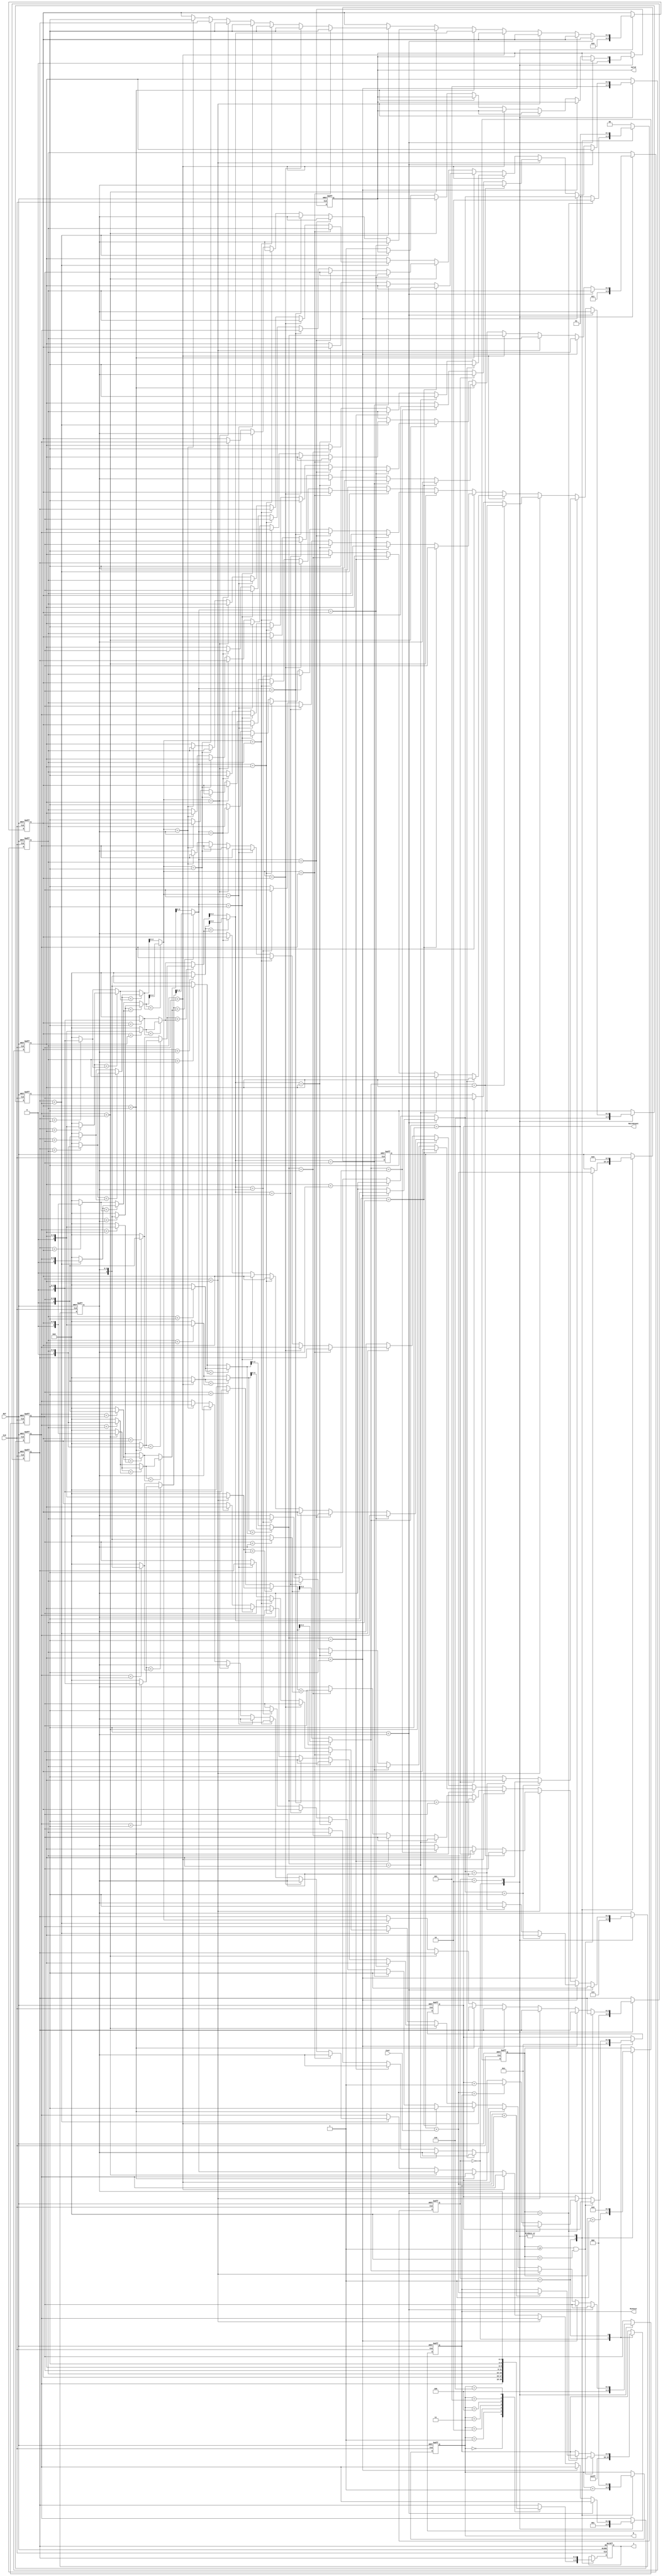
module JAM (
input CLK,
input RST,
output reg [2:0] W,
output reg [2:0] J,
input [6:0] Cost,
output reg [3:0] MatchCount,
output reg [9:0] MinCost,
output reg Valid );

/*****
    The application of the Job Assignment Machine (JAM) is quite extensive.  
    When there are n tasks to be completed, and n workers have varying costs for each task,
    determining how to assign each worker to a task in order to minimize the overall cost
    is the primary objective of the JAM.  

    The most straightforward approach to solving the job assignment problem is to
    calculate the cost for all possible combinations and then
    identify the combination with the lowest cost.  

    In this question, input data regarding worker task costs will be provided,
    and participants are required to enumerate all possible pairings using an exhaustive search method. 

    Subsequently, they should find the lowest cost and determine the number of combinations
    that achieve this lowest cost.
*****/

reg [1:0] cur_state, nxt_state;
parameter   IDLE = 2'd0,
            CAL  = 2'd1,
            QUEUE= 2'd2,
            FINAL= 2'd3;

reg [2:0] a, b, c, d, e, f, g, h;

wire [2:0] gh, fgh, efgh, defgh, cdefgh, bcdefgh;
// assign gh = (g < h) ? ((f < g) ? g : h) : ((f < h) ? h : g);
// assign fgh = (gh < f) ? ((e < gh) ? gh : f) : ((e < f) ? f : gh);
// assign efgh = (fgh < e) ? ((d < fgh) ? fgh : e) : ((d < e) ? e : fgh);
// assign defgh = (efgh < d) ? ((c < efgh) ? efgh : d) : ((c < d) ? d : efgh);
// assign cdefgh = (defgh < c) ? ((b < defgh) ? defgh : c) : ((b < c) ? c : defgh); 
// assign bcdefgh = (cdefgh < b) ? ((a < cdefgh) ? cdefgh : b) : ((a < b) ? b : cdefgh); 

assign gh = (g < h) ? ((f < g) ? g : h) : ((f < h) ? h : g);

wire [3:0]fgh1, fgh2, fgh3, fgh4;
assign fgh1= (e < f) ? f : 8;
assign fgh2= (e < g) ? g : 8;
assign fgh3= (e < h) ? h : 8;
assign fgh4= (fgh1 < fgh2) ? fgh1 : fgh2;
assign fgh = (fgh4 < fgh3) ? fgh4 : fgh3;

wire [3:0]efgh1, efgh2, efgh3, efgh4, efgh5, efgh6;
assign efgh1= (d < e) ? e : 8;
assign efgh2= (d < f) ? f : 8;
assign efgh3= (d < g) ? g : 8;
assign efgh4= (d < h) ? h : 8;
assign efgh5= (efgh1 < efgh2) ? efgh1 : efgh2;
assign efgh6= (efgh3 < efgh4) ? efgh3 : efgh4;
assign efgh = (efgh5 < efgh6) ? efgh5 : efgh6;

wire [3:0] defgh1, defgh2, defgh3, defgh4, defgh5, defgh6, defgh7, defgh8;
assign defgh1= (c < d) ? d : 8;
assign defgh2= (c < e) ? e : 8;
assign defgh3= (c < f) ? f : 8;
assign defgh4= (c < g) ? g : 8;
assign defgh5= (c < h) ? h : 8;
assign defgh6= (defgh1 < defgh2) ? defgh1 : defgh2;
assign defgh7= (defgh3 < defgh4) ? defgh3 : defgh4;
assign defgh8= (defgh6 < defgh7) ? defgh6 : defgh7;
assign defgh = (defgh5 < defgh8) ? defgh5 : defgh8;

wire [3:0] cdefgh1, cdefgh2, cdefgh3, cdefgh4, cdefgh5, cdefgh6, cdefgh7, cdefgh8, cdefgh9, cdefgh10;
assign cdefgh1 = (b < c) ? c : 8;
assign cdefgh2 = (b < d) ? d : 8;
assign cdefgh3 = (b < e) ? e : 8;
assign cdefgh4 = (b < f) ? f : 8;
assign cdefgh5 = (b < g) ? g : 8;
assign cdefgh6 = (b < h) ? h : 8;
assign cdefgh7 = (cdefgh1 < cdefgh2) ? cdefgh1 : cdefgh2;
assign cdefgh8 = (cdefgh3 < cdefgh4) ? cdefgh3 : cdefgh4;
assign cdefgh9 = (cdefgh5 < cdefgh6) ? cdefgh5 : cdefgh6;
assign cdefgh10= (cdefgh7 < cdefgh8) ? cdefgh7 : cdefgh8;
assign cdefgh  = (cdefgh9 < cdefgh10) ? cdefgh9 : cdefgh10;

wire [3:0] bcdefgh1, bcdefgh2, bcdefgh3, bcdefgh4, bcdefgh5, bcdefgh6, bcdefgh7, bcdefgh8, bcdefgh9, bcdefgh10, bcdefgh11, bcdefgh12;
assign bcdefgh1 = (a < b) ? b : 8;
assign bcdefgh2 = (a < c) ? c : 8;
assign bcdefgh3 = (a < d) ? d : 8;
assign bcdefgh4 = (a < e) ? e : 8;
assign bcdefgh5 = (a < f) ? f : 8;
assign bcdefgh6 = (a < g) ? g : 8;
assign bcdefgh7 = (a < h) ? h : 8;
assign bcdefgh8 = (bcdefgh1 < bcdefgh2) ? bcdefgh1 : bcdefgh2;
assign bcdefgh9 = (bcdefgh3 < bcdefgh4) ? bcdefgh3 : bcdefgh4;
assign bcdefgh10= (bcdefgh5 < bcdefgh6) ? bcdefgh5 : bcdefgh6;
assign bcdefgh11= (bcdefgh7 < bcdefgh8) ? bcdefgh7 : bcdefgh8;
assign bcdefgh12= (bcdefgh9 < bcdefgh10)? bcdefgh9 : bcdefgh10;
assign bcdefgh  = (bcdefgh11< bcdefgh12)? bcdefgh11: bcdefgh12;

reg read;
reg [9:0] Cost_reg;
reg [3:0] w;


always@(posedge CLK or posedge RST)
begin
    if(RST)
        cur_state <= IDLE; 
    else
        cur_state <= nxt_state;
end

always@(*)
begin
    case(cur_state)
    IDLE:
        nxt_state = CAL;

    CAL:
        nxt_state = (w==8)? QUEUE : CAL;

    QUEUE:
        nxt_state = CAL;

    default:
        nxt_state = IDLE;

    endcase
end

always@(posedge CLK or posedge RST)
begin
    if(RST) 
    begin
        a <= 0;
        b <= 1;
        c <= 2;
        d <= 3;
        e <= 4;
        f <= 5;
        g <= 6;
        h <= 7;

        w <= 0;
        W <= 0;
        J <= a;
        Cost_reg <= 0;

        MatchCount <= 1;            
        MinCost <= 10'b1111111111;
        Valid <= 0;
    end
    else
    begin
        case(cur_state)
        IDLE:
        begin
            a <= 0;
            b <= 1;
            c <= 2;
            d <= 3;
            e <= 4;
            f <= 5;
            g <= 6;
            h <= 7;

            w <= 0;
            W <= 0;
            J <= a;
            Cost_reg <= 0;

            MatchCount <= 1;            
            MinCost <= 10'b1111111111;

            Valid <= 0;
        end

        CAL:
        begin
            case(W)
            0: J <= b;
            1: J <= c;
            2: J <= d;
            3: J <= e;
            4: J <= f;
            5: J <= g;
            6: J <= h;
            default: J <= a;
            endcase
            
            w <= w + 1;
            W <= W + 1;

            if((w >= 1) && (w < 8))
                Cost_reg <= Cost_reg + Cost;

            else if(w == 8)
            begin
                if( Cost_reg + Cost < MinCost )
                begin
                    MatchCount <= 1;
                    MinCost <= Cost_reg + Cost;
                end
                else if( Cost_reg + Cost == MinCost )
                    MatchCount <= MatchCount + 1;
                else;
            end     
        end

        QUEUE:
        begin
            w <= 0;
            W <= 0;
            J <= a;
            Cost_reg <= 0;

            if(g < h) // 0 1 2 3 4 5 6 7 -> 0 1 2 3 4 5 7 6
            begin
                h <= g;
                g <= h;
            end

            else if (f < g) // 0 1 2 3 4 5 7 6 -> 0 1 2 3 4 6 7 5 -> 0 1 2 3 4 6 5 7
            begin
                f <= gh;
                case(gh)
                g:
                begin
                    g <= h;
                    h <= f;
                end

                h:
                begin
                    g <= f;
                    h <= g;                    
                end
                endcase
            end

            else if (e < f) // 0 1 2 3 4 7 6 5
            begin
                e <= fgh;
                case(fgh)
                f:
                begin
                    f <= h;
                    //g <= g;
                    h <= e;
                end

                g:
                begin
                    f <= h;
                    g <= e;
                    h <= f;
                end

                h:
                begin
                    f <= e;
                    //g <= g;
                    h <= f;
                end
                endcase
            end

            else if (d < e)
            begin
                d <= efgh;
                case(efgh)
                e:
                begin
                    e <= h;
                    f <= g;
                    g <= f;
                    h <= d;
                end

                f:
                begin
                    e <= h;
                    f <= g;
                    g <= d;
                    h <= e;
                end

                g:
                begin
                    e <= h;
                    f <= d;
                    g <= f;
                    h <= e;
                end

                h:
                begin
                    e <= d;
                    f <= g;
                    g <= f;
                    h <= e;                 
                end
                endcase
            end

            else if (c < d)
            begin
                c <= defgh;
                case(defgh)
                d:
                begin
                    d <= h;
                    e <= g;
                    //f <= f;
                    g <= e;
                    h <= c;
                end

                e:
                begin
                    d <= h;
                    e <= g;
                    //f <= f; 
                    g <= c;
                    h <= d;
                end

                f:
                begin
                    d <= h;
                    e <= g;
                    f <= c;
                    g <= e;
                    h <= d;
                end

                g:
                begin
                    d <= h;
                    e <= c;
                    //f <= f;
                    g <= e;
                    h <= d;
                end

                h:
                begin
                    d <= c;
                    e <= g;
                    //f <= f;
                    g <= e;
                    h <= d;                  
                end
                endcase                
            end
            
            else if (b < c)
            begin
                b <= cdefgh;
                case(cdefgh)
                c:
                begin
                    c <= h;
                    d <= g;
                    e <= f;
                    f <= e;
                    g <= d;
                    h <= b;
                end

                d:
                begin
                    c <= h;
                    d <= g;
                    e <= f;
                    f <= e;
                    g <= b;
                    h <= c;
                end

                e:
                begin
                    c <= h;
                    d <= g;
                    e <= f;
                    f <= b;
                    g <= d;
                    h <= c;
                end

                f:
                begin
                    c <= h;
                    d <= g;
                    e <= b;
                    f <= e;
                    g <= d;
                    h <= c;
                end

                g:
                begin
                    c <= h;
                    d <= b;
                    e <= f;
                    f <= e;
                    g <= d;
                    h <= c;
                end

                h:
                begin
                    c <= b;
                    d <= g;
                    e <= f;
                    f <= e;
                    g <= d;
                    h <= c;                    
                end
                endcase                 
            end

            else if (a < b)
            begin
                a <= bcdefgh;
                case(bcdefgh)
                b:
                begin
                    b <= h;
                    c <= g;
                    d <= f;
                    //e <= e;
                    f <= d;
                    g <= c;
                    h <= a;                    
                end

                c:
                begin
                    b <= h;
                    c <= g;
                    d <= f;
                    //e <= e;
                    f <= d;
                    g <= a;
                    h <= b; 
                end

                d:
                begin
                    b <= h;
                    c <= g;
                    d <= f;
                    //e <= e;
                    f <= a;
                    g <= c;
                    h <= b; 
                end

                e:
                begin
                    b <= h;
                    c <= g;
                    d <= f;
                    e <= a;
                    f <= d;
                    g <= c;
                    h <= b; 
                end

                f:
                begin
                    b <= h;
                    c <= g;
                    d <= a;
                    //e <= e;
                    f <= d;
                    g <= c;
                    h <= b; 
                end

                g:
                begin
                    b <= h;
                    c <= a;
                    d <= f;
                    //e <= e;
                    f <= d;
                    g <= c;
                    h <= b; 
                end

                h:
                begin
                    b <= a;
                    c <= g;
                    d <= f;
                    //e <= e;
                    f <= d;
                    g <= c;
                    h <= b;                     
                end
                endcase 
            end
            else
            begin
                Valid <= 1;
            end
        end
        endcase
    end
end

endmodule